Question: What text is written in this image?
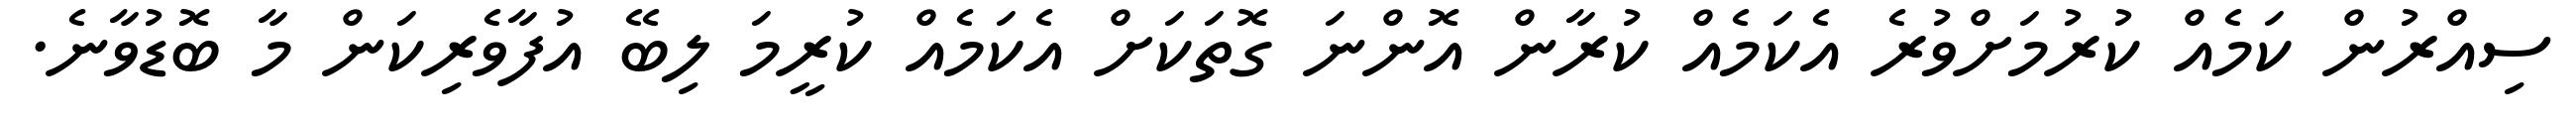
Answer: ސިއްރުން ކަމެއް ކުރުމަށްވުރެ އެކަމެއް ކުރާން އޮންނަ ގޮތަކަށް އެކަމެއް ކުރީމަ ލިބޭ އުފާވެރިކަން މާ ބޮޑުވާނެ.